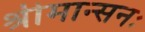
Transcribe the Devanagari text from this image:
श्रीमान्सनः